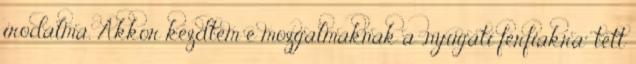
irodalma. Akkor kezdtem e mozgalmaknak a „nyugati férfiakra“ tett